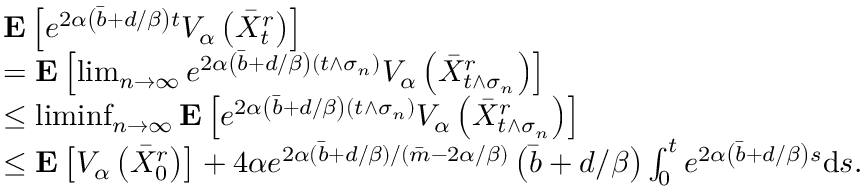
\begin{array} { r l } & { \mathbf { E } \left[ e ^ { 2 \alpha \left( \Bar { b } + d / \beta \right) t } V _ { \alpha } \left( \Bar { X } _ { t } ^ { r } \right) \right] } \\ & { = \mathbf { E } \left[ \operatorname* { l i m } _ { n \to \infty } e ^ { 2 \alpha \left( \Bar { b } + d / \beta \right) ( t \wedge \sigma _ { n } ) } V _ { \alpha } \left( \Bar { X } _ { t \wedge \sigma _ { n } } ^ { r } \right) \right] } \\ & { \le \operatorname* { l i m i n f } _ { n \to \infty } \mathbf { E } \left[ e ^ { 2 \alpha \left( \Bar { b } + d / \beta \right) ( t \wedge \sigma _ { n } ) } V _ { \alpha } \left( \Bar { X } _ { t \wedge \sigma _ { n } } ^ { r } \right) \right] } \\ & { \le \mathbf { E } \left[ V _ { \alpha } \left( \Bar { X } _ { 0 } ^ { r } \right) \right] + 4 \alpha e ^ { 2 \alpha ( \Bar { b } + d / \beta ) / ( \Bar { m } - 2 \alpha / \beta ) } \left( \Bar { b } + d / \beta \right) \int _ { 0 } ^ { t } e ^ { 2 \alpha \left( \Bar { b } + d / \beta \right) s } \mathrm { d } s . } \end{array}